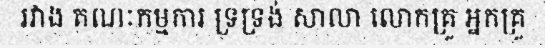
រវាង គណៈកម្មការ ទ្រទ្រង់ សាលា លោកគ្រូ អ្នកគ្រូ